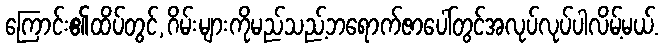
ကြောင်း၏ထိပ်တွင်,ဂိမ်းများကိုမည်သည့်ဘရောက်ဇာပေါ်တွင်အလုပ်လုပ်ပါလိမ့်မယ်.